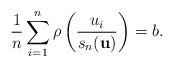
LaTeX: \begin{align*}\frac{1}{n}\sum\limits_{i=1}^{n}\rho\left( \frac{u_{i}}{s_{n}(\mathbf{u})}\right) =b. \end{align*}